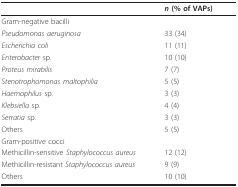
|  | n (% of VAPs) |
 | --- | --- |
 | Gram-negative bacilli |  |
 | Pseudomonas aeruginosa | 33 (34) |
 | Escherichia coli | 11 (11) |
 | Enterobacter sp. | 10 (10) |
 | Proteus mirabilis | 7 (7) |
 | Stenotrophomonas maltophilia | 5 (5) |
 | Haemophilus sp. | 3 (3) |
 | Klebsiella sp. | 4 (4) |
 | Serratia sp. | 3 (3) |
 | Others | 5 (5) |
 | Gram-positive cocci |  |
 | Methicillin-sensitive Staphylococcus aureus | 12 (12) |
 | Methicillin-resistant Staphylococcus aureus | 9 (9) |
 | Others | 10 (10) |